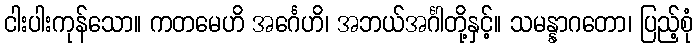
ငါးပါးကုန်သော။ ကတမေဟိ အင်္ဂေဟိ၊ အဘယ်အင်္ဂါတို့နှင့်။ သမန္နာဂတော၊ ပြည့်စုံ